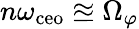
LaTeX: n\omega_{\mathrm{ceo}}\approxeq\Omega_{\varphi}